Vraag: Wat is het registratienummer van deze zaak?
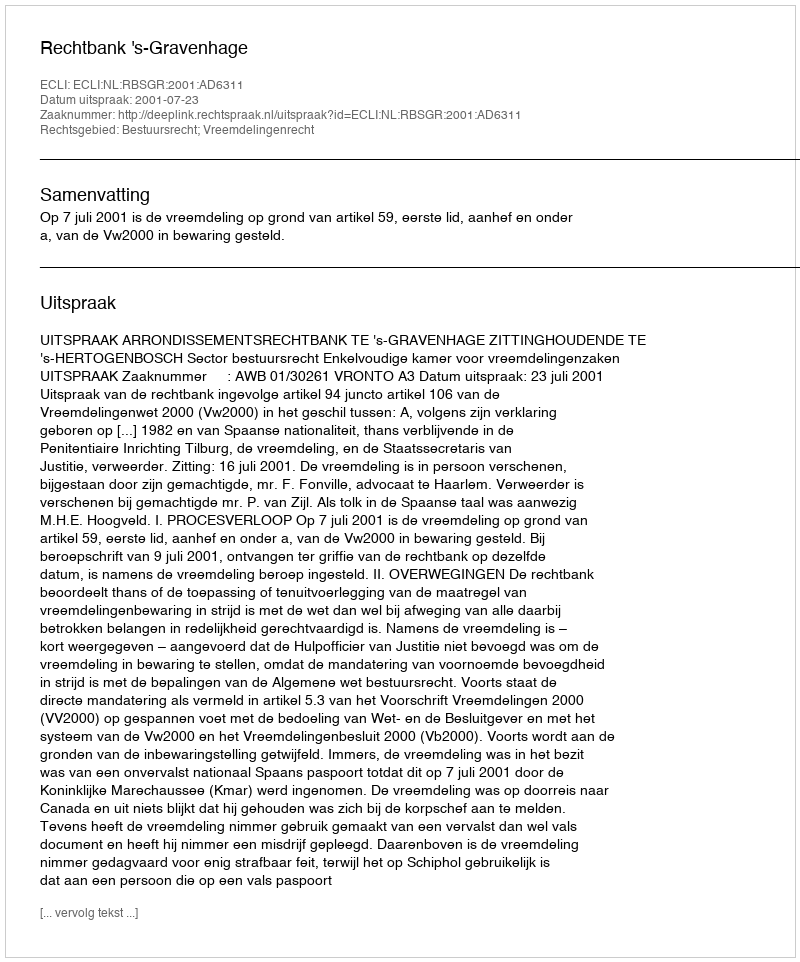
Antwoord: http://deeplink.rechtspraak.nl/uitspraak?id=ECLI:NL:RBSGR:2001:AD6311